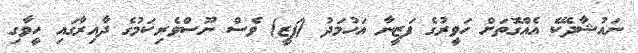
ނައުޝާދެކޭ އެއްގޮތަށް ހަވީރުގެ ފަޒީނާ އަހުމަދު (ފަޒީ) ވެސް ނޫސްވެރިކަމުގެ ދާއިރާގައި ހީވާގި